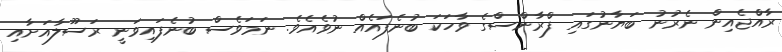
ރާއްޖެއިން ނެރުނު ބަޔާނުގައި ފްރާންސްގެ ވާހަކަ ބުނެފައެއް ނުވެއެވެ. ނަމަވެސް ބުނެފައިވަނީ ރަސޫލާއަށާއި